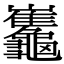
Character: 𪛂